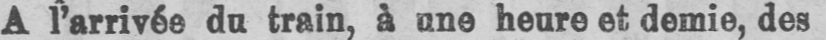
A l’arrivée du train, à une heure et demie, des